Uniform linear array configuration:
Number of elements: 16
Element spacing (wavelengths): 0.75
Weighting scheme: kaiser
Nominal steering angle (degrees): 30
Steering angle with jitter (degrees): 28.27
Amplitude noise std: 0.05
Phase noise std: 0.05

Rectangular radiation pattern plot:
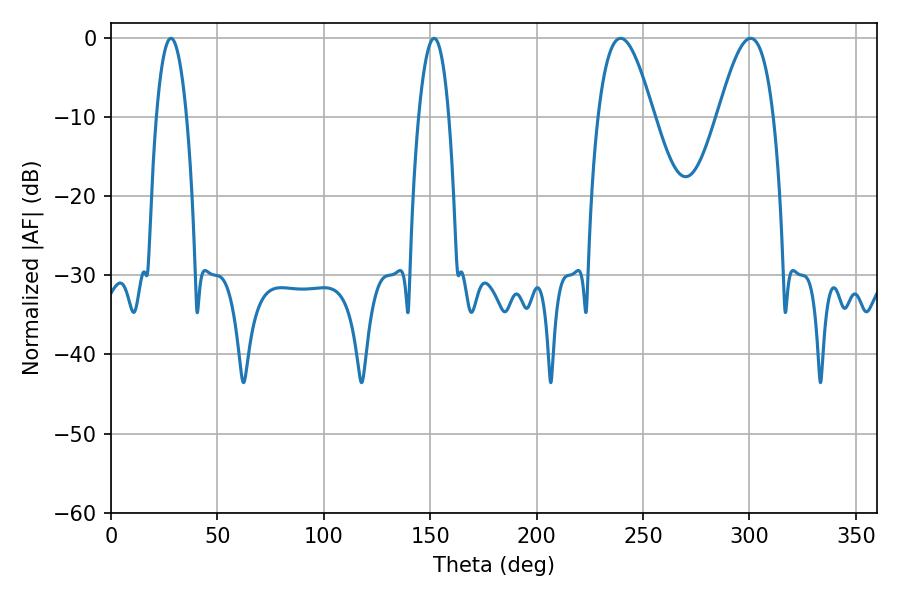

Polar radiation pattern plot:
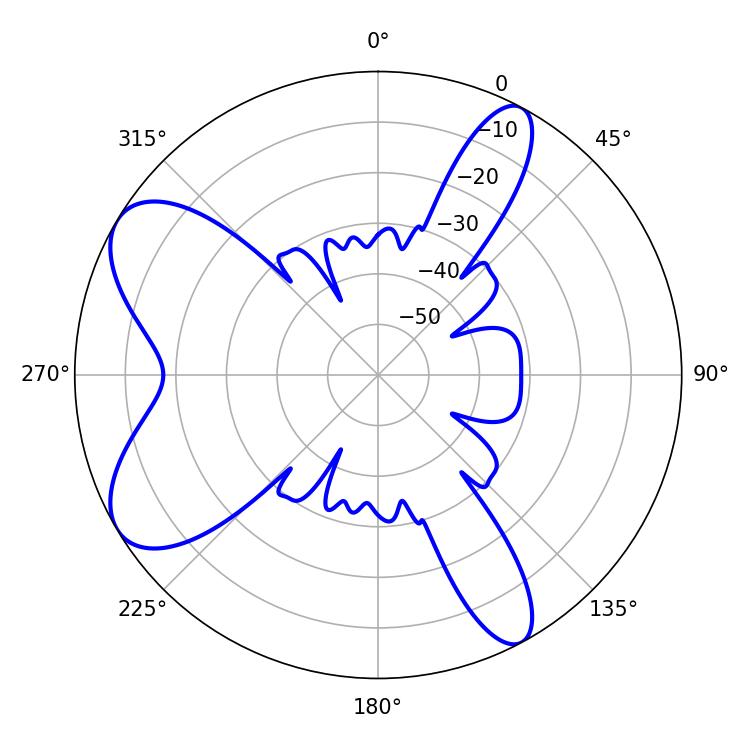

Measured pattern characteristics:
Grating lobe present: TRUE
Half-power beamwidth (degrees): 14.22
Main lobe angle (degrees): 239.4